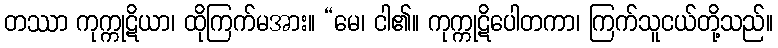
တဿာ ကုက္ကုဋိယာ၊ ထိုကြက်မအား။ “မေ၊ ငါ၏။ ကုက္ကုဋိပေါတကာ၊ ကြက်သူငယ်တို့သည်။